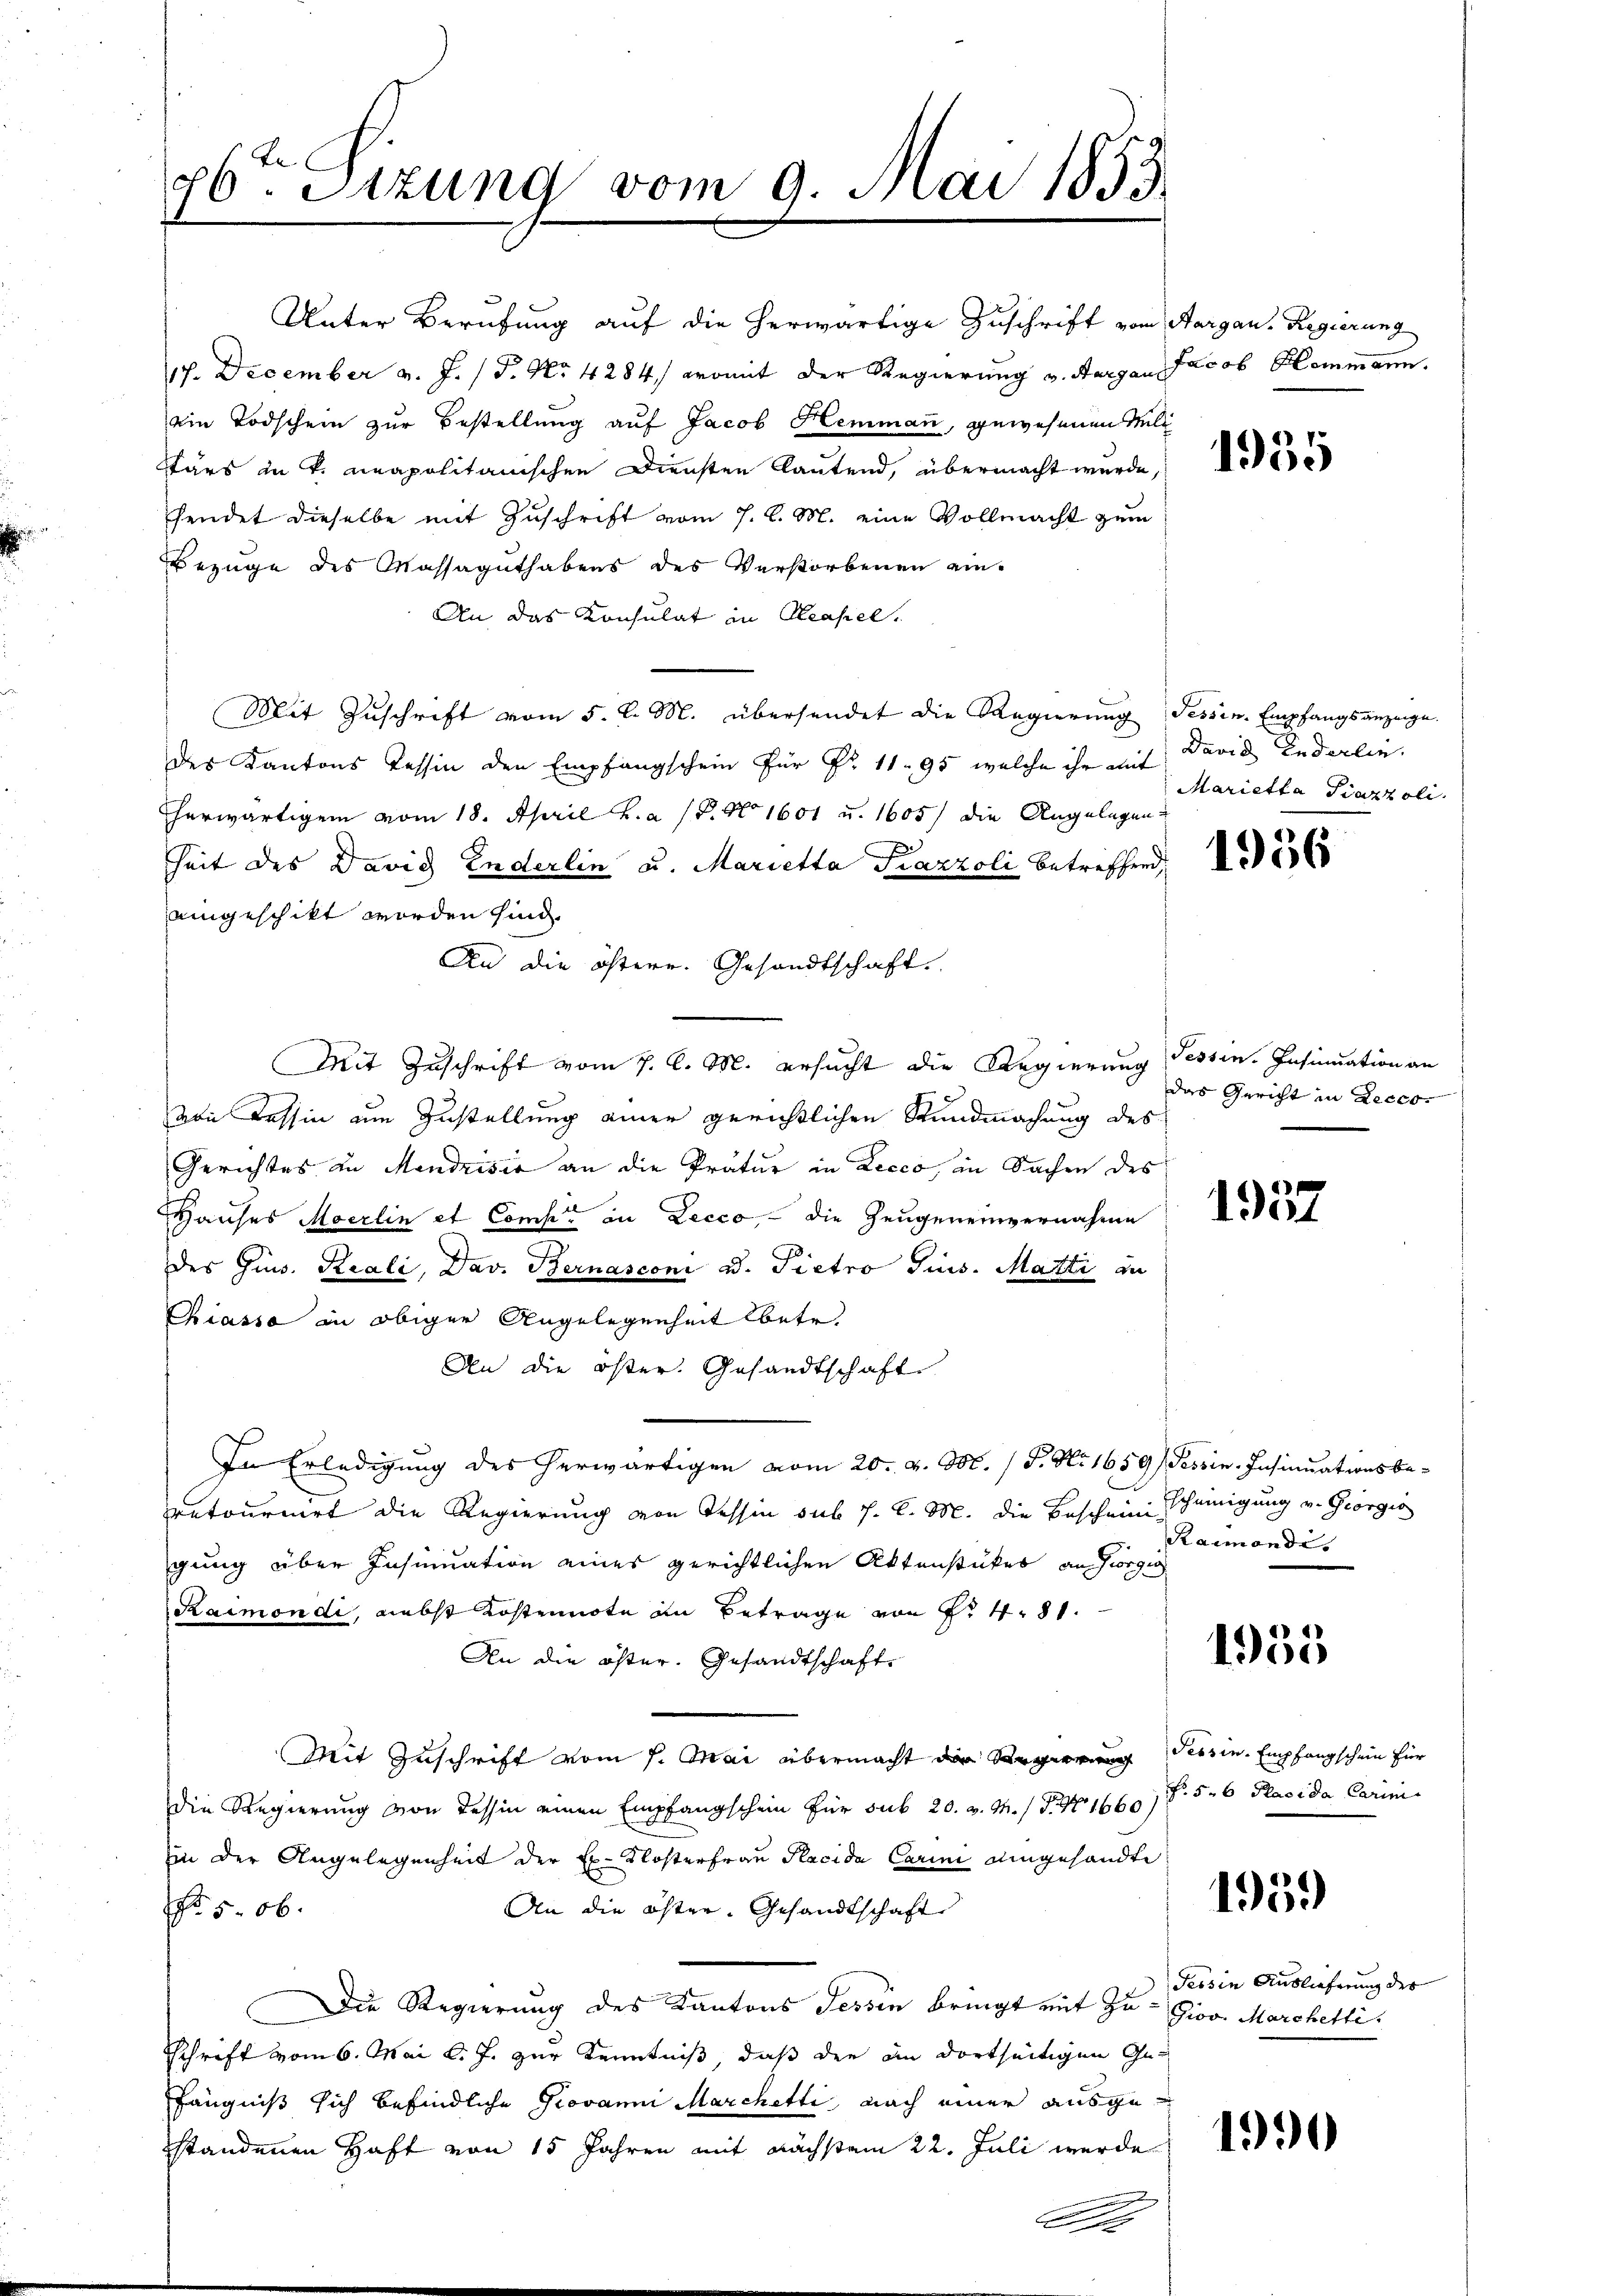
76. Sitzung vom 9. Mai 1853.

Unter Berufung auf die herwärtige Zuschrift vom Aargau, Regierung
17. December v. J. / P. Nr. 4284, womit der Regierung v. Aargau
ein Todschein zur Bestellung auf Jacob Hemmann, gewesenen Mili
Pärs in v. neapolitanischen Diensten lautend, übermacht wurde,
hendet dieselbe mit Zuschrift vom 7. d. M. eine Vollmacht zum
Bezüge des Massaguthabens des Verstorbenen ein-
An das Konsulat in Neapel.
Mit Zuschrift vom 5. l. M. übersendet die Regierung Tessin Empfangsanzeige
des Kantons Tessin den Empfangschein für Fr. 11. 95, welche ihr mit David Enderlin.
Eherwärtigem vom 18. April h. a. P. N 1601 u. 1605) die Angelegen
heit des David Enderlin u. Marietta Piazzoli betreffend,
aingeschikt worden sind.
An die östere Gesandtschaft.
Mit Zuschrift vom 7. d. M. ersucht die Regierung Tessin. Insinuation an
von Tessin um Zustellung einer gerichtlichen Kundmachung des
Gerichtes in Mendrisie an die Prätur in Lecco, in Sachen des
Hauses Moerlin et Comp. in Lecco, - die Zeugeneinvernahme
des Gins. Reali, Dav. Bernasconi u. Pietro Pins. Matti an
Chiassa in obiger Angelegenheit betr.
An die öster. Gesandtschaft
In Erledigung des herwärtigen vom 20. v. M. (T. No 1659, Tessin-Insinuationsbe-
retournirt die Regierung von Tessin sub J. C. M. die Beschein scheinigung v. Georgis
gung über Insinuation eines gerichtlichen Aktenstückes an Giorgig
Raimondi, nebst Kostennote in Betrage von Fr. 481.
An die öster. Gesandtschaft
Mit Zuschrift vom 7. Mai übermacht die Regierung Tessin Empfangschein für
die Regierung von Tessin einen Empfangschein für sub 20. v. M. (T. N. 1660 / 5. 6 Placida Carini
hin der Angelegenheit der Ex-Klosterfrau Pacida Carini aingesandte
No 506.
An die öster. Gesandtschaft
Die Regierung des Kantons Tessin bringt mit Zu- Gioo Marchetti
Schrift vom 6. Mai l. J. zur Kenntniß, daß den an dortseitigen Gefängniß sich befindliche Provanni Marchetti, nach einer ausgestandenen Haft von 15 Jahren mit nächstein 22. Juli werde
A

Jacob Hommann.

1955

Marietta Piazzoli.

1956

das Gericht in Lecco

1937

Rarmondi

1935

1359)

Tessin Auslieferung der

1990